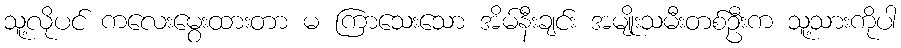
သူ့လိုပင် ကလေးမွေးထားတာ မ ကြာသေးသော အိမ်နီးချင်း အမျိုးသမီးတစ်ဦးက သူ့သားကိုပါ